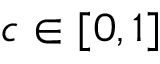
c \in [ 0 , 1 ]